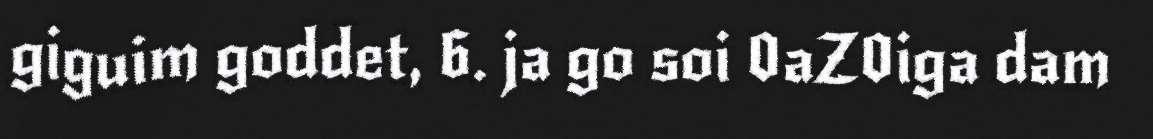
giguim goddet, 6. ja go soi 0aZ0iga dam